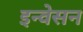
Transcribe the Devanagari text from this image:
इन्वेसन